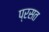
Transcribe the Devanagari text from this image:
प्रसत